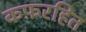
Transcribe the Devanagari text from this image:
कफ़रहित